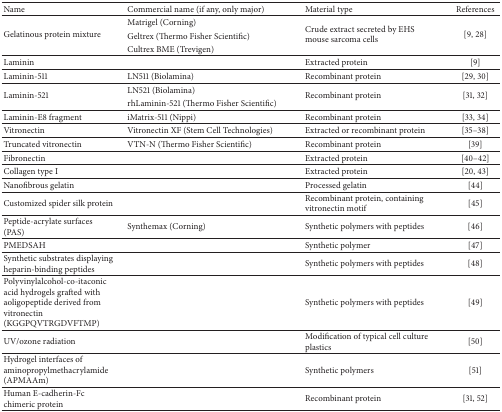
| Name | Commercial name (if any, only major) | Material type | References |
 | --- | --- | --- | --- |
 | <ROWSPAN=3> Gelatinous protein mixture | Matrigel (Corning) | <ROWSPAN=3> Crude extract secreted by EHS mouse sarcoma cells | <ROWSPAN=3> [9, 28] |
 | Geltrex (Thermo Fisher Scientific) |
 | Cultrex BME (Trevigen) |
 | Laminin |  | Extracted protein | [9] |
 | Laminin-511 | LN511 (Biolamina) | Recombinant protein | [29, 30] |
 | <ROWSPAN=2> Laminin-521 | LN521 (Biolamina) | <ROWSPAN=2> Recombinant protein | <ROWSPAN=2> [31, 32] |
 | rhLaminin-521 (Thermo Fisher Scientific) |
 | Laminin-E8 fragment | iMatrix-511 (Nippi) | Recombinant protein | [33, 34] |
 | Vitronectin | Vitronectin XF (Stem Cell Technologies) | Extracted or recombinant protein | [35–38] |
 | Truncated vitronectin | VTN-N (Thermo Fisher Scientific) | Recombinant protein | [39] |
 | Fibronectin |  | Extracted protein | [40–42] |
 | Collagen type I |  | Extracted protein | [20, 43] |
 | Nanofibrous gelatin |  | Processed gelatin | [44] |
 | Customized spider silk protein |  | Recombinant protein, containing vitronectin motif | [45] |
 | Peptide-acrylate surfaces (PAS) | Synthemax (Corning) | Synthetic polymers with peptides | [46] |
 | PMEDSAH |  | Synthetic polymer | [47] |
 | Synthetic substrates displaying heparin-binding peptides |  | Synthetic polymers with peptides | [48] |
 | Polyvinylalcohol-co-itaconic acid hydrogels grafted with aoligopeptide derived from vitronectin (KGGPQVTRGDVFTMP) |  | Synthetic polymers with peptides | [49] |
 | UV/ozone radiation |  | Modification of typical cell culture plastics | [50] |
 | Hydrogel interfaces of aminopropylmethacrylamide (APMAAm) |  | Synthetic polymers | [51] |
 | Human E-cadherin-Fc chimeric protein |  | Recombinant protein | [31, 52] |